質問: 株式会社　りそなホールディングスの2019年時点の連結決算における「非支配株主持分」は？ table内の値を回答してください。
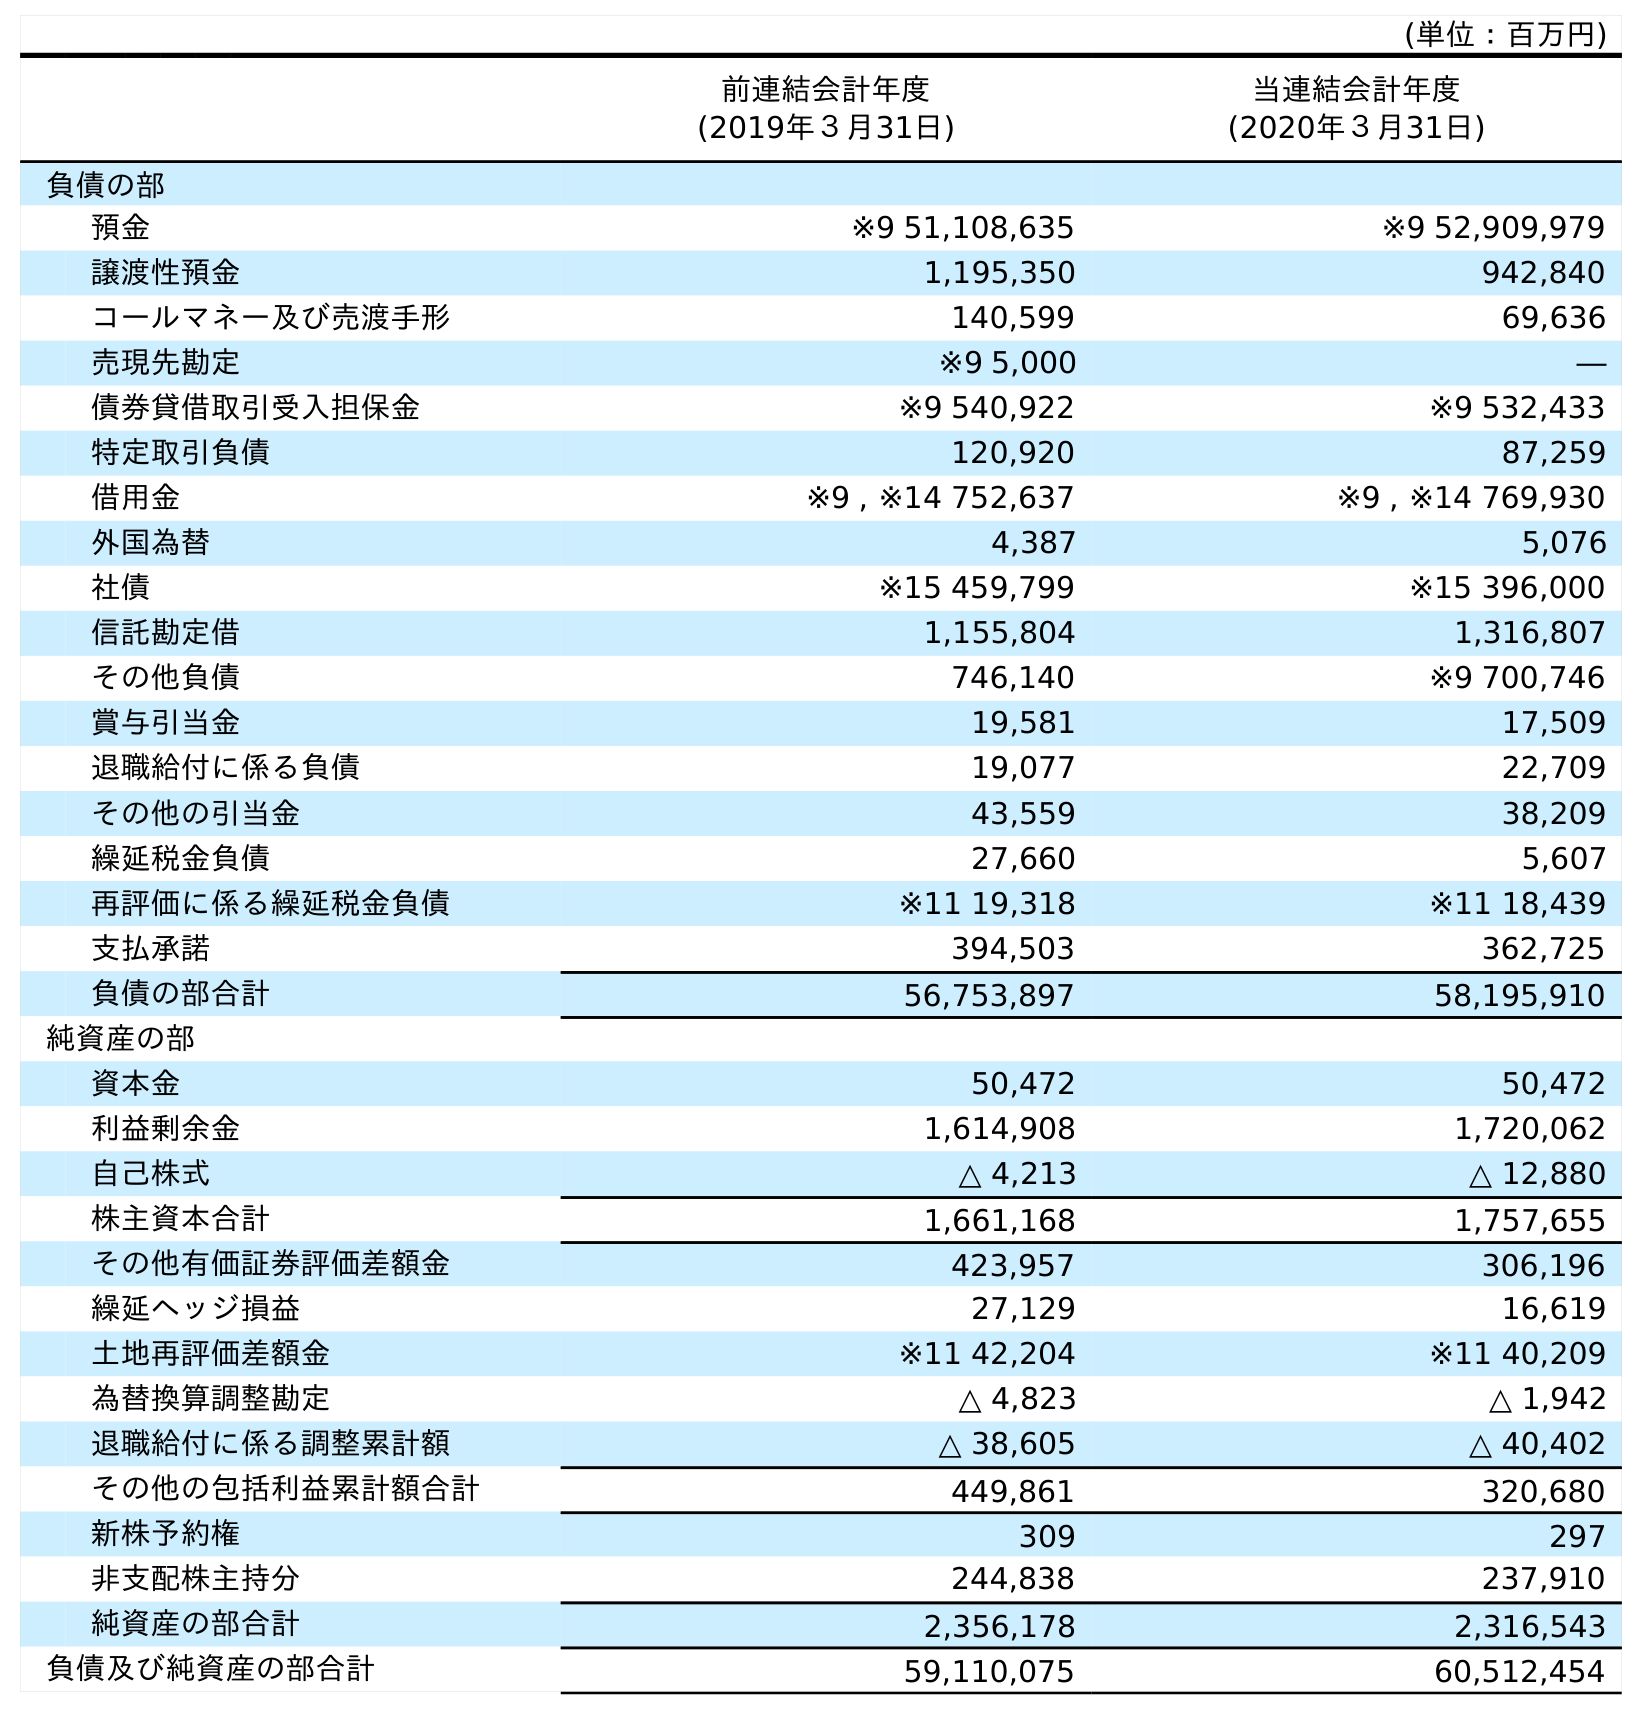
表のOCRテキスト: (単位：百万円) 前連結会計年度 (2019年３月31日) 当連結会計年度 (2020年３月31日) 負債の部 預金 ※9 51,108,635 ※9 52,909,979 譲渡性預金 1,195,350 942,840 コールマネー及び売渡手形 140,599 69,636 売現先勘定 ※9 5,000 ― 債券貸借取引受入担保金 ※9 540,922 ※9 532,433 特定取引負債 120,920 87,259 借用金 ※9 , ※14 752,637 ※9 , ※14 769,930 外国為替 4,387 5,076 社債 ※15 459,799 ※15 396,000 信託勘定借 1,155,804 1,316,807 その他負債 746,140 ※9 700,746 賞与引当金 19,581 17,509 退職給付に係る負債 19,077 22,709 その他の引当金 43,559 38,209 繰延税金負債 27,660 5,607 再評価に係る繰延税金負債 ※11 19,318 ※11 18,439 支払承諾 394,503 362,725 負債の部合計 56,753,897 58,195,910 純資産の部 資本金 50,472 50,472 利益剰余金 1,614,908 1,720,062 自己株式 △ 4,213 △ 12,880 株主資本合計 1,661,168 1,757,655 その他有価証券評価差額金 423,957 306,196 繰延ヘッジ損益 27,129 16,619 土地再評価差額金 ※11 42,204 ※11 40,209 為替換算調整勘定 △ 4,823 △ 1,942 退職給付に係る調整累計額 △ 38,605 △ 40,402 その他の包括利益累計額合計 449,861 320,680 新株予約権 309 297 非支配株主持分 244,838 237,910 純資産の部合計 2,356,178 2,316,543 負債及び純資産の部合計 59,110,075 60,512,454
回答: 244,838